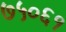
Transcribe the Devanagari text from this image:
७५०६१